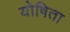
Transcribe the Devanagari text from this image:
योषिता